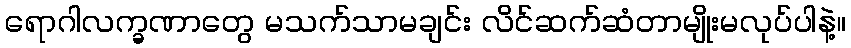
ရောဂါလက္ခဏာတွေ မသက်သာမချင်း လိင်ဆက်ဆံတာမျိုးမလုပ်ပါနဲ့။